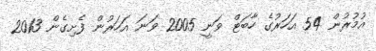
އުމުރުން 54 އަހަރުގެ ހާބަޓް ވަނީ 2005 ވަނަ އަހަރުން ފެށިގެން 2013